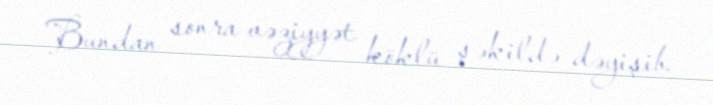
Bundan sonra vəziyyət köklü şəkildə dəyişib.